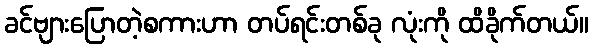
ခင်ဗျားပြောတဲ့စကားဟာ တပ်ရင်းတစ်ခု လုံးကို ထိခိုက်တယ်။